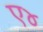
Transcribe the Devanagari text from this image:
ए४